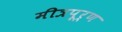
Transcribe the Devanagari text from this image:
मीत्रपूर्ण